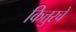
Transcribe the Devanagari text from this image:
कित्तुरचे